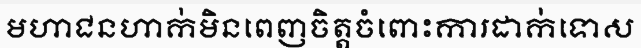
មហាជនហាក់មិនពេញចិត្តចំពោះការដាក់ទោស